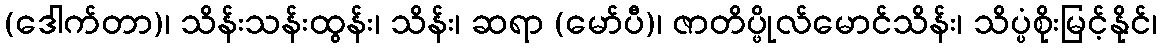
(ဒေါက်တာ)၊ သိန်းသန်းထွန်း၊ သိန်း၊ ဆရာ (မော်ပီ)၊ ဇာတိပ္ဖိုလ်မောင်သိန်း၊ သိပ္ပံစိုးမြင့်နိုင်၊